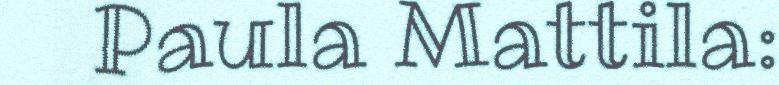
Paula Mattila: